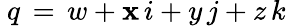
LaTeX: ~q\, =\, w+\mathbf{x}\, i+y\, j+z\, k